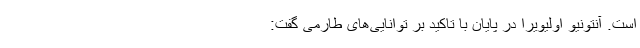
است. آنتونیو اولیویرا در پایان با تاکید بر توانایی‌های طارمی گفت: